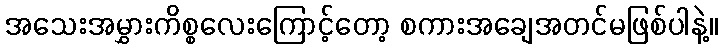
အသေးအမွှားကိစ္စလေးကြောင့်တော့ စကားအချေအတင်မဖြစ်ပါနဲ့။